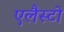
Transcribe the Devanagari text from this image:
एलैस्टो